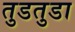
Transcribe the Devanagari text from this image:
तुडतुडा